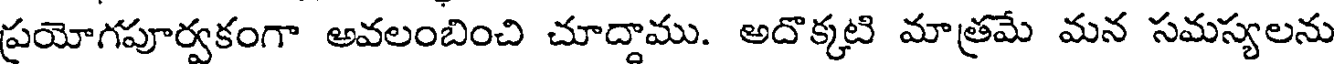
ప్రయోగపూర్వకంగా అవలంబించి చూద్దాము. అదొక్కటి మాత్రమే మన సమస్యలను